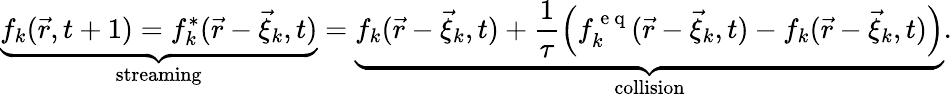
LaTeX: \underbrace{f_{k}(\vec{r},t+1)=f_{k}^{*}(\vec{r}-\vec{\xi}_{k},t)}_{\mathrm{streaming}}=\underbrace{f_{k}(\vec{r}-\vec{\xi}_{k},t)+\frac{1}{\tau}\left(f_{k}^{\mathrm{~e~q~}}(\vec{r}-\vec{\xi}_{k},t)-f_{k}(\vec{r}-\vec{\xi}_{k},t)\right)}_{\mathrm{collision}}.